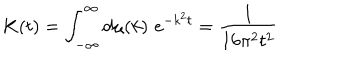
K ( t ) = \int _ { - \infty } ^ { \infty } d \mu ( k ) \, \, e ^ { - k ^ { 2 } t } = \frac { 1 } { 1 6 \pi ^ { 2 } t ^ { 2 } }